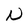
Character: N